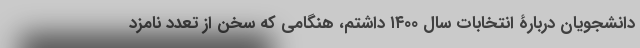
دانشجویان دربارۀ انتخابات سال ۱۴۰۰ داشتم، هنگامی که سخن از تعدد نامزد